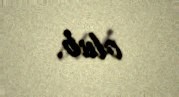
olub.